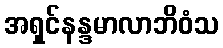
အရှင်နန္ဒမာလာဘိဝံသ